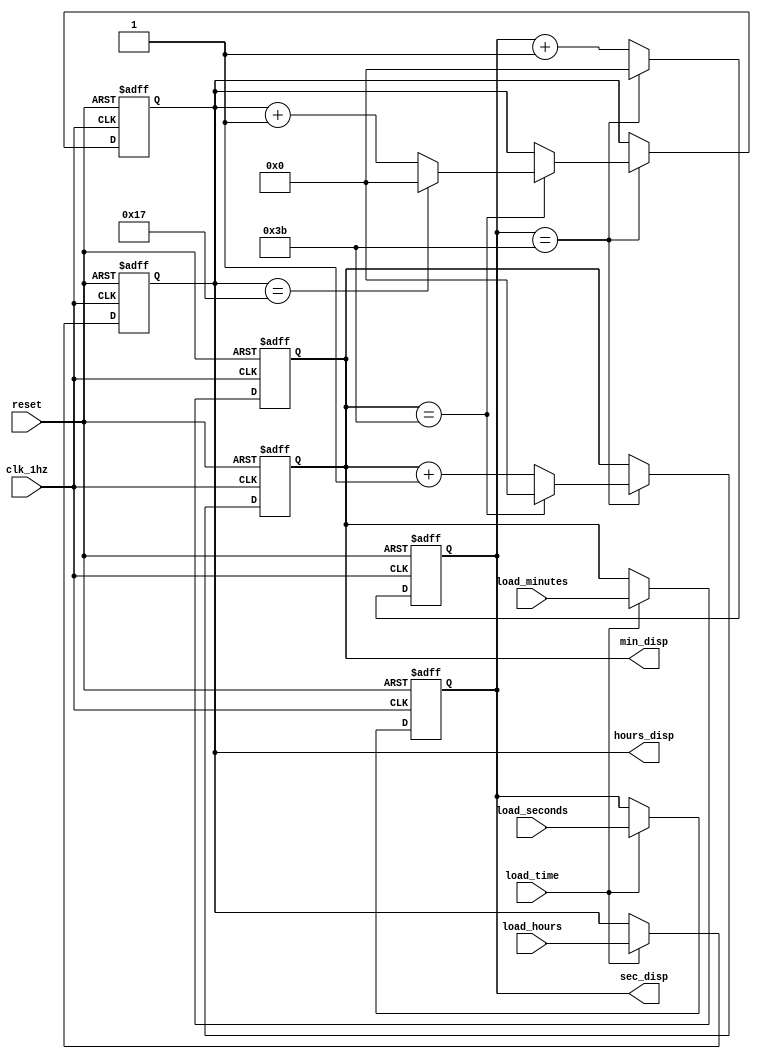
module timekeeping (
    input wire clk_1hz,
    input wire reset,
    input wire load_time,
    input wire [7:0] load_hours,
    input wire [7:0] load_minutes,
    input wire [7:0] load_seconds,
    output reg [7:0] hours_disp,
    output reg [7:0] min_disp,
    output reg [7:0] sec_disp
    );

    always @(posedge clk_1hz or posedge reset) begin
        if (reset) begin
            sec_disp <= 0;
            min_disp <= 0;
            hours_disp <= 0;
            end 
        else begin
            if (sec_disp == 59) begin
                sec_disp <= 0;
                if (min_disp == 59) begin
                    min_disp <= 0;
                    if (hours_disp == 23) begin
                        hours_disp <= 0;
                        end 
                    else begin
                        hours_disp <= hours_disp + 1;
                        end
                    end 
                 else begin
                     min_disp <= min_disp + 1;
                     end
                 end 
             else begin
                sec_disp <= sec_disp + 1;
                  end
             end
        end

    always @(posedge clk_1hz or posedge reset) begin
        if (reset) begin
            hours_disp <= 0;
            min_disp <= 0;
            sec_disp <= 0;
            end 
         else begin
            if (load_time) begin
                hours_disp <= load_hours;
                min_disp <= load_minutes;
                sec_disp <= load_seconds;
                end
            end
        end

endmodule